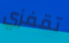
تقفزي